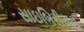
સાઇબિરીયન